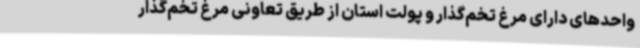
واحدهای دارای مرغ تخم‌گذار و پولت استان از طریق تعاونی مرغ تخم‌گذار